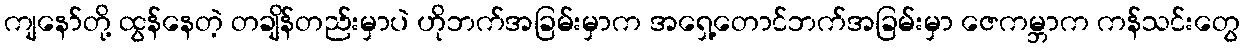
ကျနော်တို့ ထွန်နေတဲ့ တချိန်တည်းမှာပဲ ဟိုဘက်အခြမ်းမှာက အရှေ့တောင်ဘက်အခြမ်းမှာ ဇေကမ္ဘာက ကန်သင်းတွေ